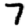
Digit: 7